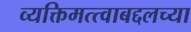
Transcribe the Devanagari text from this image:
व्यक्तिमत्त्वाबद्दलच्या